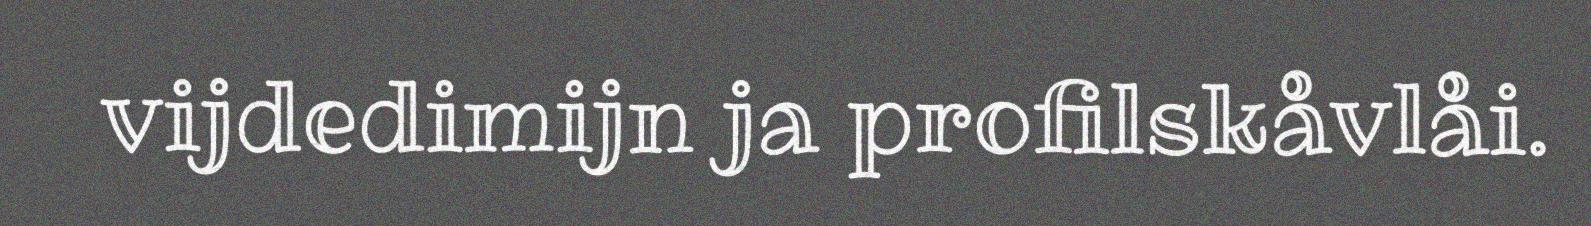
vijdedimijn ja profilskåvlåi.